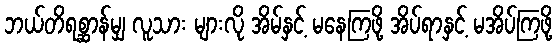
ဘယ်တိရစ္ဆာန်မျှ လူသား များလို အိမ်နှင့် မနေကြဖို့ အိပ်ရာနှင့် မအိပ်ကြဖို့